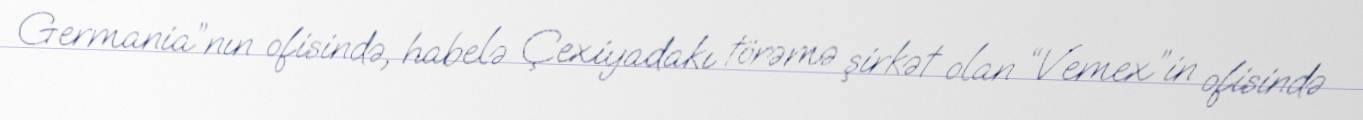
Germania”nın ofisində, habelə Çexiyadakı törəmə şirkət olan “Vemex”in ofisində